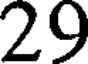
29